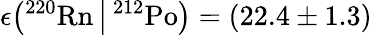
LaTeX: \epsilon\big({}^{220}\mathrm{Rn}\, \big|\, {}^{212}\mathrm{Po}\big)=(22.4\pm 1.3)\